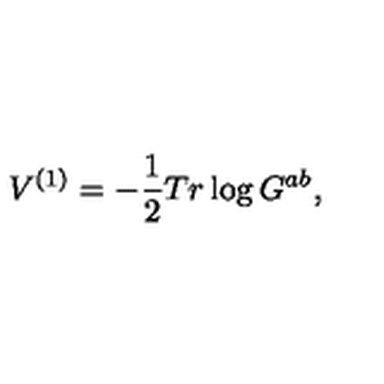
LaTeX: V ^ { ( 1 ) } = - \frac { 1 } { 2 } T r \log G ^ { a b } ,